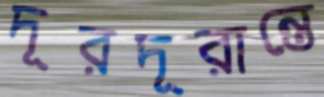
দূরদূরান্তে